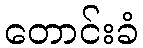
တောင်းခံ